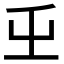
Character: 𭕾